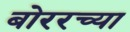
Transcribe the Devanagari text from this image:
बोररच्या